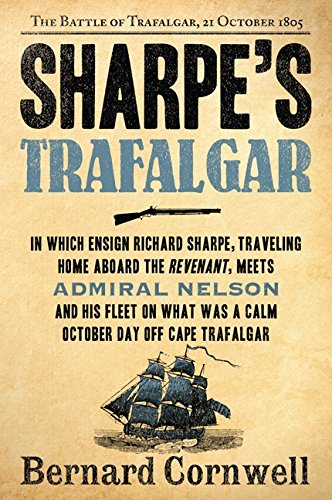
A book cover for Sharpe's Trafalgar: Richard Sharpe & the Battle of Trafalgar, October 21, 1805 (Richard Sharpe's Adventure Series #4); Bernard Cornwell; Literature & Fiction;